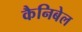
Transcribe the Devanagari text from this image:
कैनिबेल